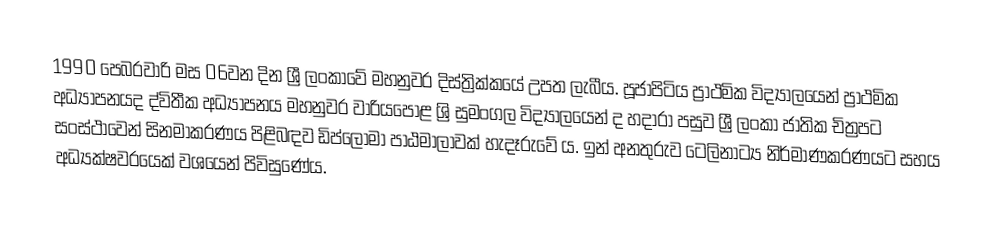
1990 පෙබරවාරි මස 06වන දින ශ්‍රී ලංකාවේ මහනුවර දිස්ත්‍රික්කයේ උපත ලැබීය.  පූජාපිටිය ප්‍රාථමික විද්‍යාලයෙන් ප්‍රාථමික අධ්‍යාපනයද ද්විතීක අධ්‍යාපනය මහනුවර වාරියපොළ ශ්‍රි සුමංගල විද්‍යාලයෙන් ද හදාරා පසුව ශ්‍රී ලංකා ජාතික චිත්‍රපට සංස්ථාවෙන් සිනමාකරණය පිළිබඳව ඩිප්ලෝමා පාඨමාලාවක් හැදෑරුවේ ය. ඉන් අනතුරුව ටෙලිනාට්‍ය නිර්මාණකරණයට සහය අධ්‍යක්ෂවරයෙක් වශයෙන් පිවිසුණේය.